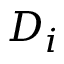
D _ { i }